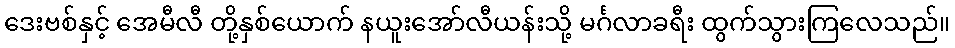
ဒေးဗစ်နှင့် အေမီလီ တို့နှစ်ယောက် နယူးအော်လီယန်းသို့ မင်္ဂလာခရီး ထွက်သွားကြလေသည်။